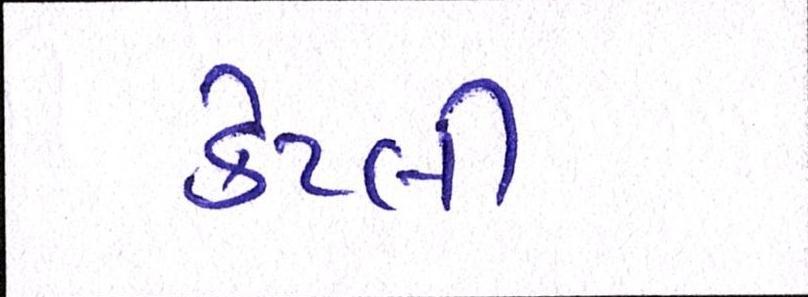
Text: કેટલી